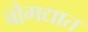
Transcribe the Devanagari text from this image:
बोगद्यात